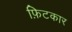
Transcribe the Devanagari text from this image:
फ़िटकार